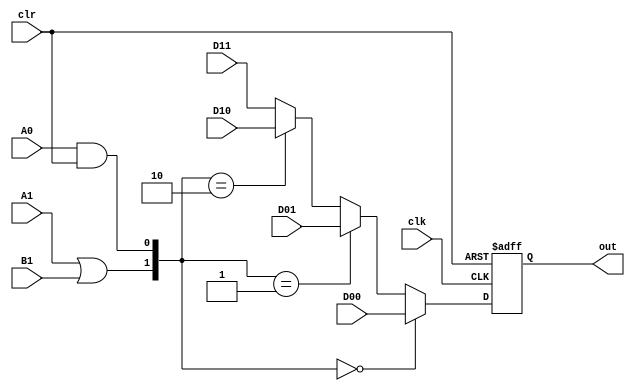
`timescale 1ns/1ns

module S1(input D00 , D01 , D10 , D11 , A1 , B1 , A0 , clr , clk , output reg out);
  wire in;
  
  assign in = ({(A1 | B1) , (A0 & clr)} == 2'b00) ? D00 :
              ({(A1 | B1) , (A0 & clr)} == 2'b01) ? D01 :
              ({(A1 | B1) , (A0 & clr)} == 2'b10) ? D10 : D11;

  always @ (posedge clk , posedge clr) begin
    if(clr)
      out <= 1'b0;
    else
      out <= in;
  end

endmodule